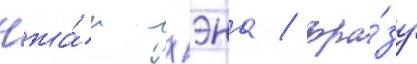
чжа́н хэна / фра́зу